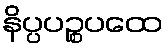
နိပ္ပပဉ္စပထေ